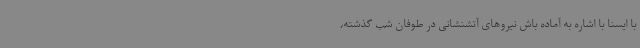
با ایسنا با اشاره به آماده باش نیروهای آتشنشانی در طوفان شب گذشته،